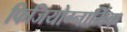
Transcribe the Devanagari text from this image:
फिजियोग्नामिक